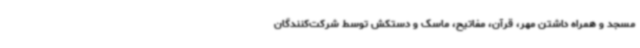
مسجد و همراه داشتن مهر، قرآن، مفاتیح، ماسک و دستکش توسط شرکت‌کنندگان